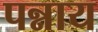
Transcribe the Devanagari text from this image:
पन्नाय